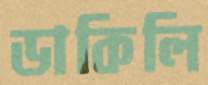
ডাকিলি